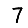
Digit: 7